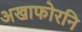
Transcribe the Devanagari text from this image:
अखाफोरनि